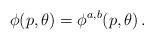
LaTeX: \begin{align*} \phi(p,\theta)= \phi^{a,b}(p, \theta)\,.\end{align*}